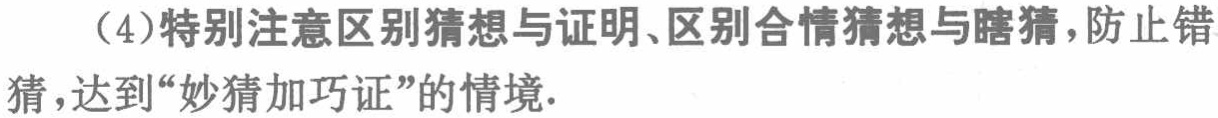
（4）特别注意区别猜想与证明、区别合情猜想与瞎猜，防止错猜，达到“妙猜加巧证”的情境.